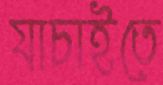
যাচাইতে